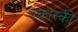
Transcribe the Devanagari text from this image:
पकास्की